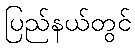
ပြည်နယ်တွင်